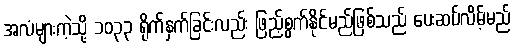
အလံများကဲ့သို့ ၁၀၃၃ ရိုက်နှက်ခြင်းလည်း ဖြည့်စွက်နိုင်မည်ဖြစ်သည် ပေးဆပ်လိမ့်မည်